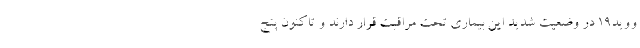
ووید۱۹ در وضعیت شدید این بیماری تحت مراقبت قرار دارند و تاکنون پنج